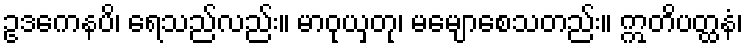
ဥဒကေနပိ၊ ရေသည်လည်း။ မာဝုယှတု၊ မမျောစေသတည်း။ ဣတိပတ္ထနံ၊